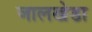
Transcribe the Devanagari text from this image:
जालखेडा